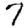
Digit: 7